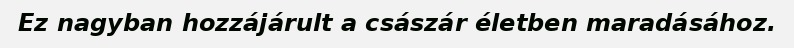
Ez nagyban hozzájárult a császár életben maradásához.